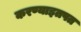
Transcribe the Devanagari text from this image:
करण्याइतपत